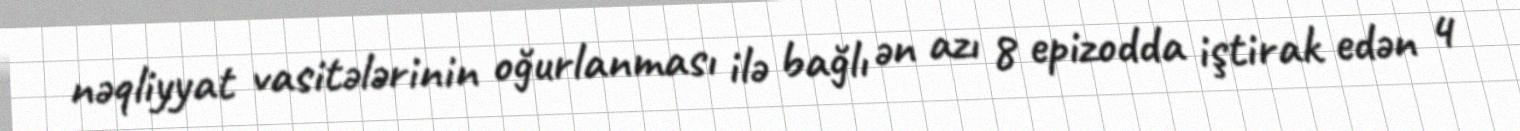
nəqliyyat vasitələrinin oğurlanması ilə bağlı ən azı 8 epizodda iştirak edən 4